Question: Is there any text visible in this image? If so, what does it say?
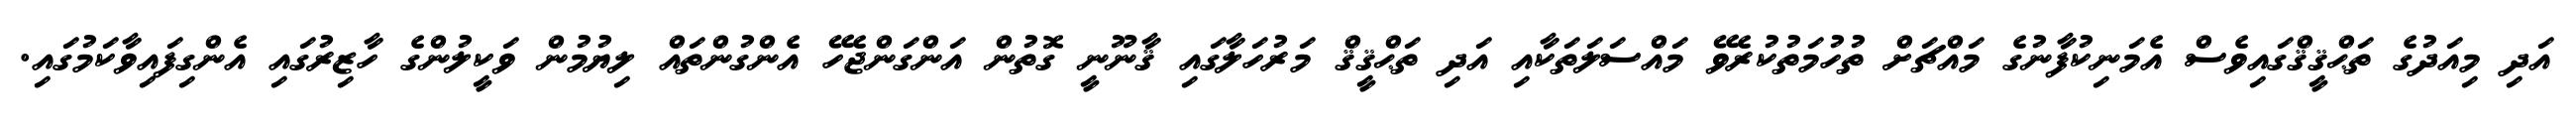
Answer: އަދި މިއަދުގެ ތަޙްޤީޤްގައިވެސް އެމަނިކުފާނުގެ މައްޗަށް ތުހުމަތުކުރެވޭ މައްސަލަތަކާއި އަދި ތަޙްޤީޤް މަރުހަލާގައި ޤާނޫނީ ގޮތުން އަންގަންޖެހޭ އެންގުންތައް ލިޔުމުން ވަކީލުންގެ ހާޒިރުގައި އެންގިފައިވާކަމުގައި.